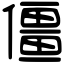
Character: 僵